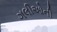
ગલીઓની